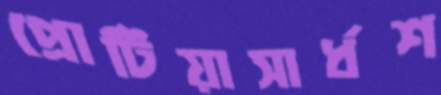
প্রোটিয়াসার্ধশ